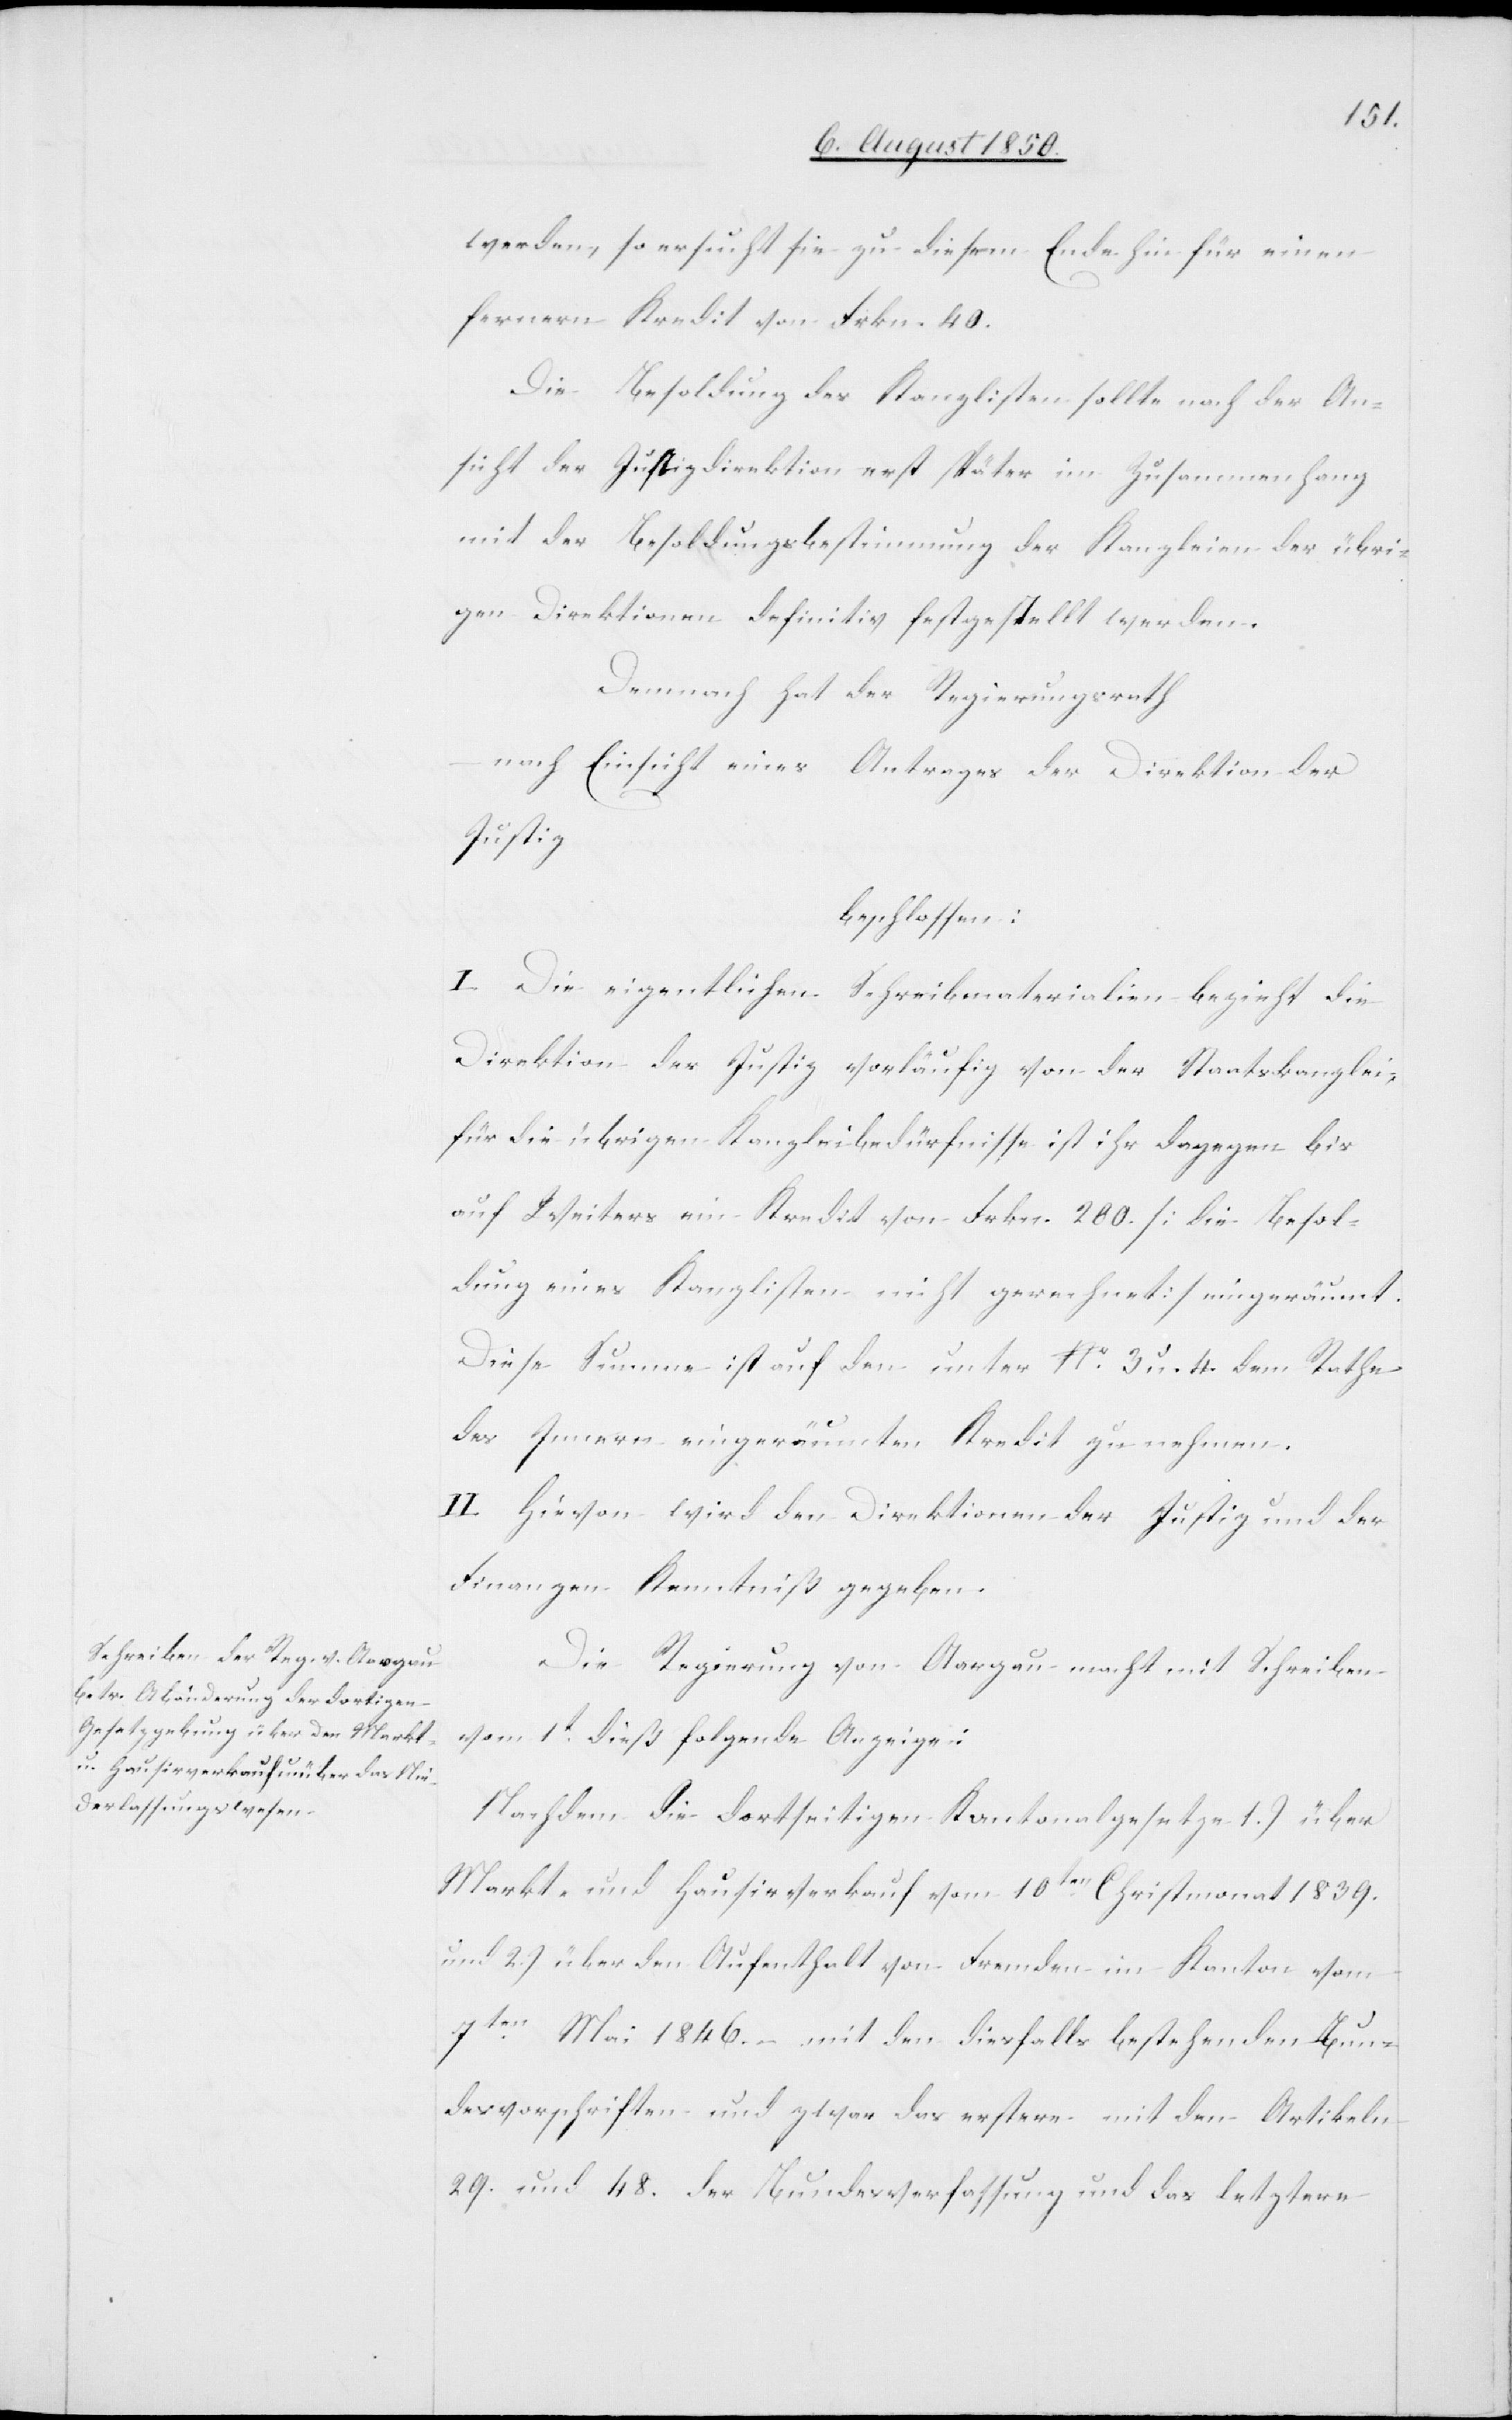
werden, so ersucht sie zu diesem Ende hin für einen
fernern Kredit von Frkn. 40.
Die Besoldung des Kanzlisten sollte nach der An¬
sicht der Justizdirektion erst später im Zusammenhang
mit der Besoldungsbestimmung der Kanzleien der übri¬
gen Direktionen definitiv festgestellt werden.
Demnach hat der Regierungsrath
nach Einsicht eines Antrages der Direktion der
Justiz
beschlossen:
I. Die eigentlichen Schreibmaterialien bezieht die
Direktion der Justiz vorläufig von der Staatskanzlei,
für die übrigen Kanzleibedürfnisse ist ihr dagegen bis
auf Weiters ein Kredit von Frkn. 200. [die Besol¬
dung eines Kanzlisten nicht gerechnet] eingeräumt.
Diese Summe ist auf den unter No. 3 u. 4. dem Rathe
des Innern eingeräumten Kredit zu nehmen.
II. Hievon wird den Direktionen der Justiz und der
Finanzen Kenntniß gegeben.
Die Regierung von Aargau macht mit Schreiben
vom 1t dieß folgende Anzeige:
Nachdem die dortseitigen Kantonalgesetze 1.) über
Markt- und Hausirverkauf vom 10ten Christmonat 1839.
und 2.) über den Aufenthalt von Fremden im Kanton vom
7ten Mai 1846. mit den diesfalls bestehenden Bun¬
desvorschriften und zwar das erstere mit den Artikeln
29. und 48. der Bundesverfassung und das letztere